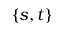
\{ s , t \}